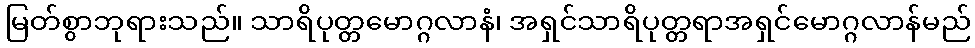
မြတ်စွာဘုရားသည်။ သာရိပုတ္တမောဂ္ဂလာနံ၊ အရှင်သာရိပုတ္တရာအရှင်မောဂ္ဂလာန်မည်